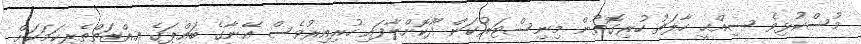
މުސްކުޅިވެ ސިއްޙީ ހާލަތު ހުރިގޮތުން މިނިސްޓަރުކަން ދޫކޮށްލާފައި ހުރިއިރުވެސް އޭނާގެ ބައްޕަގެ ޢިއްޒަތްތެރިކަމަކަށް